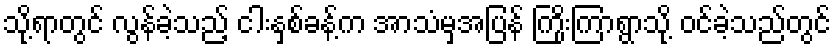
သို့ရာတွင် လွန်ခဲ့သည့် ငါးနှစ်ခန့်က အာသံမှအပြန် ကြိုးကြာရွာသို့ ဝင်ခဲ့သည်တွင်